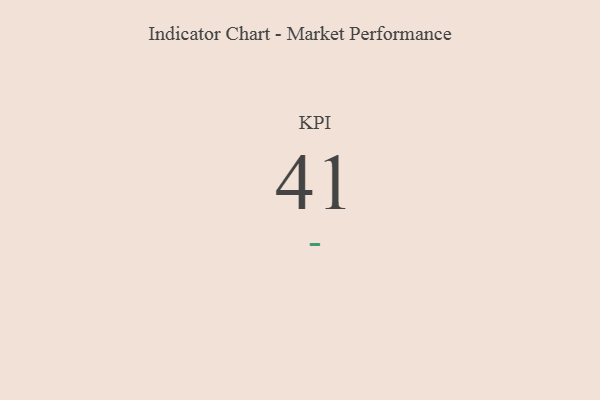
{"axis": {"x": "KPI", "y": "Value"}, "legend": [""], "data": [{"x": "KPI", "y": 41, "type": ""}]}